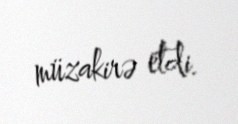
müzakirə etdi.